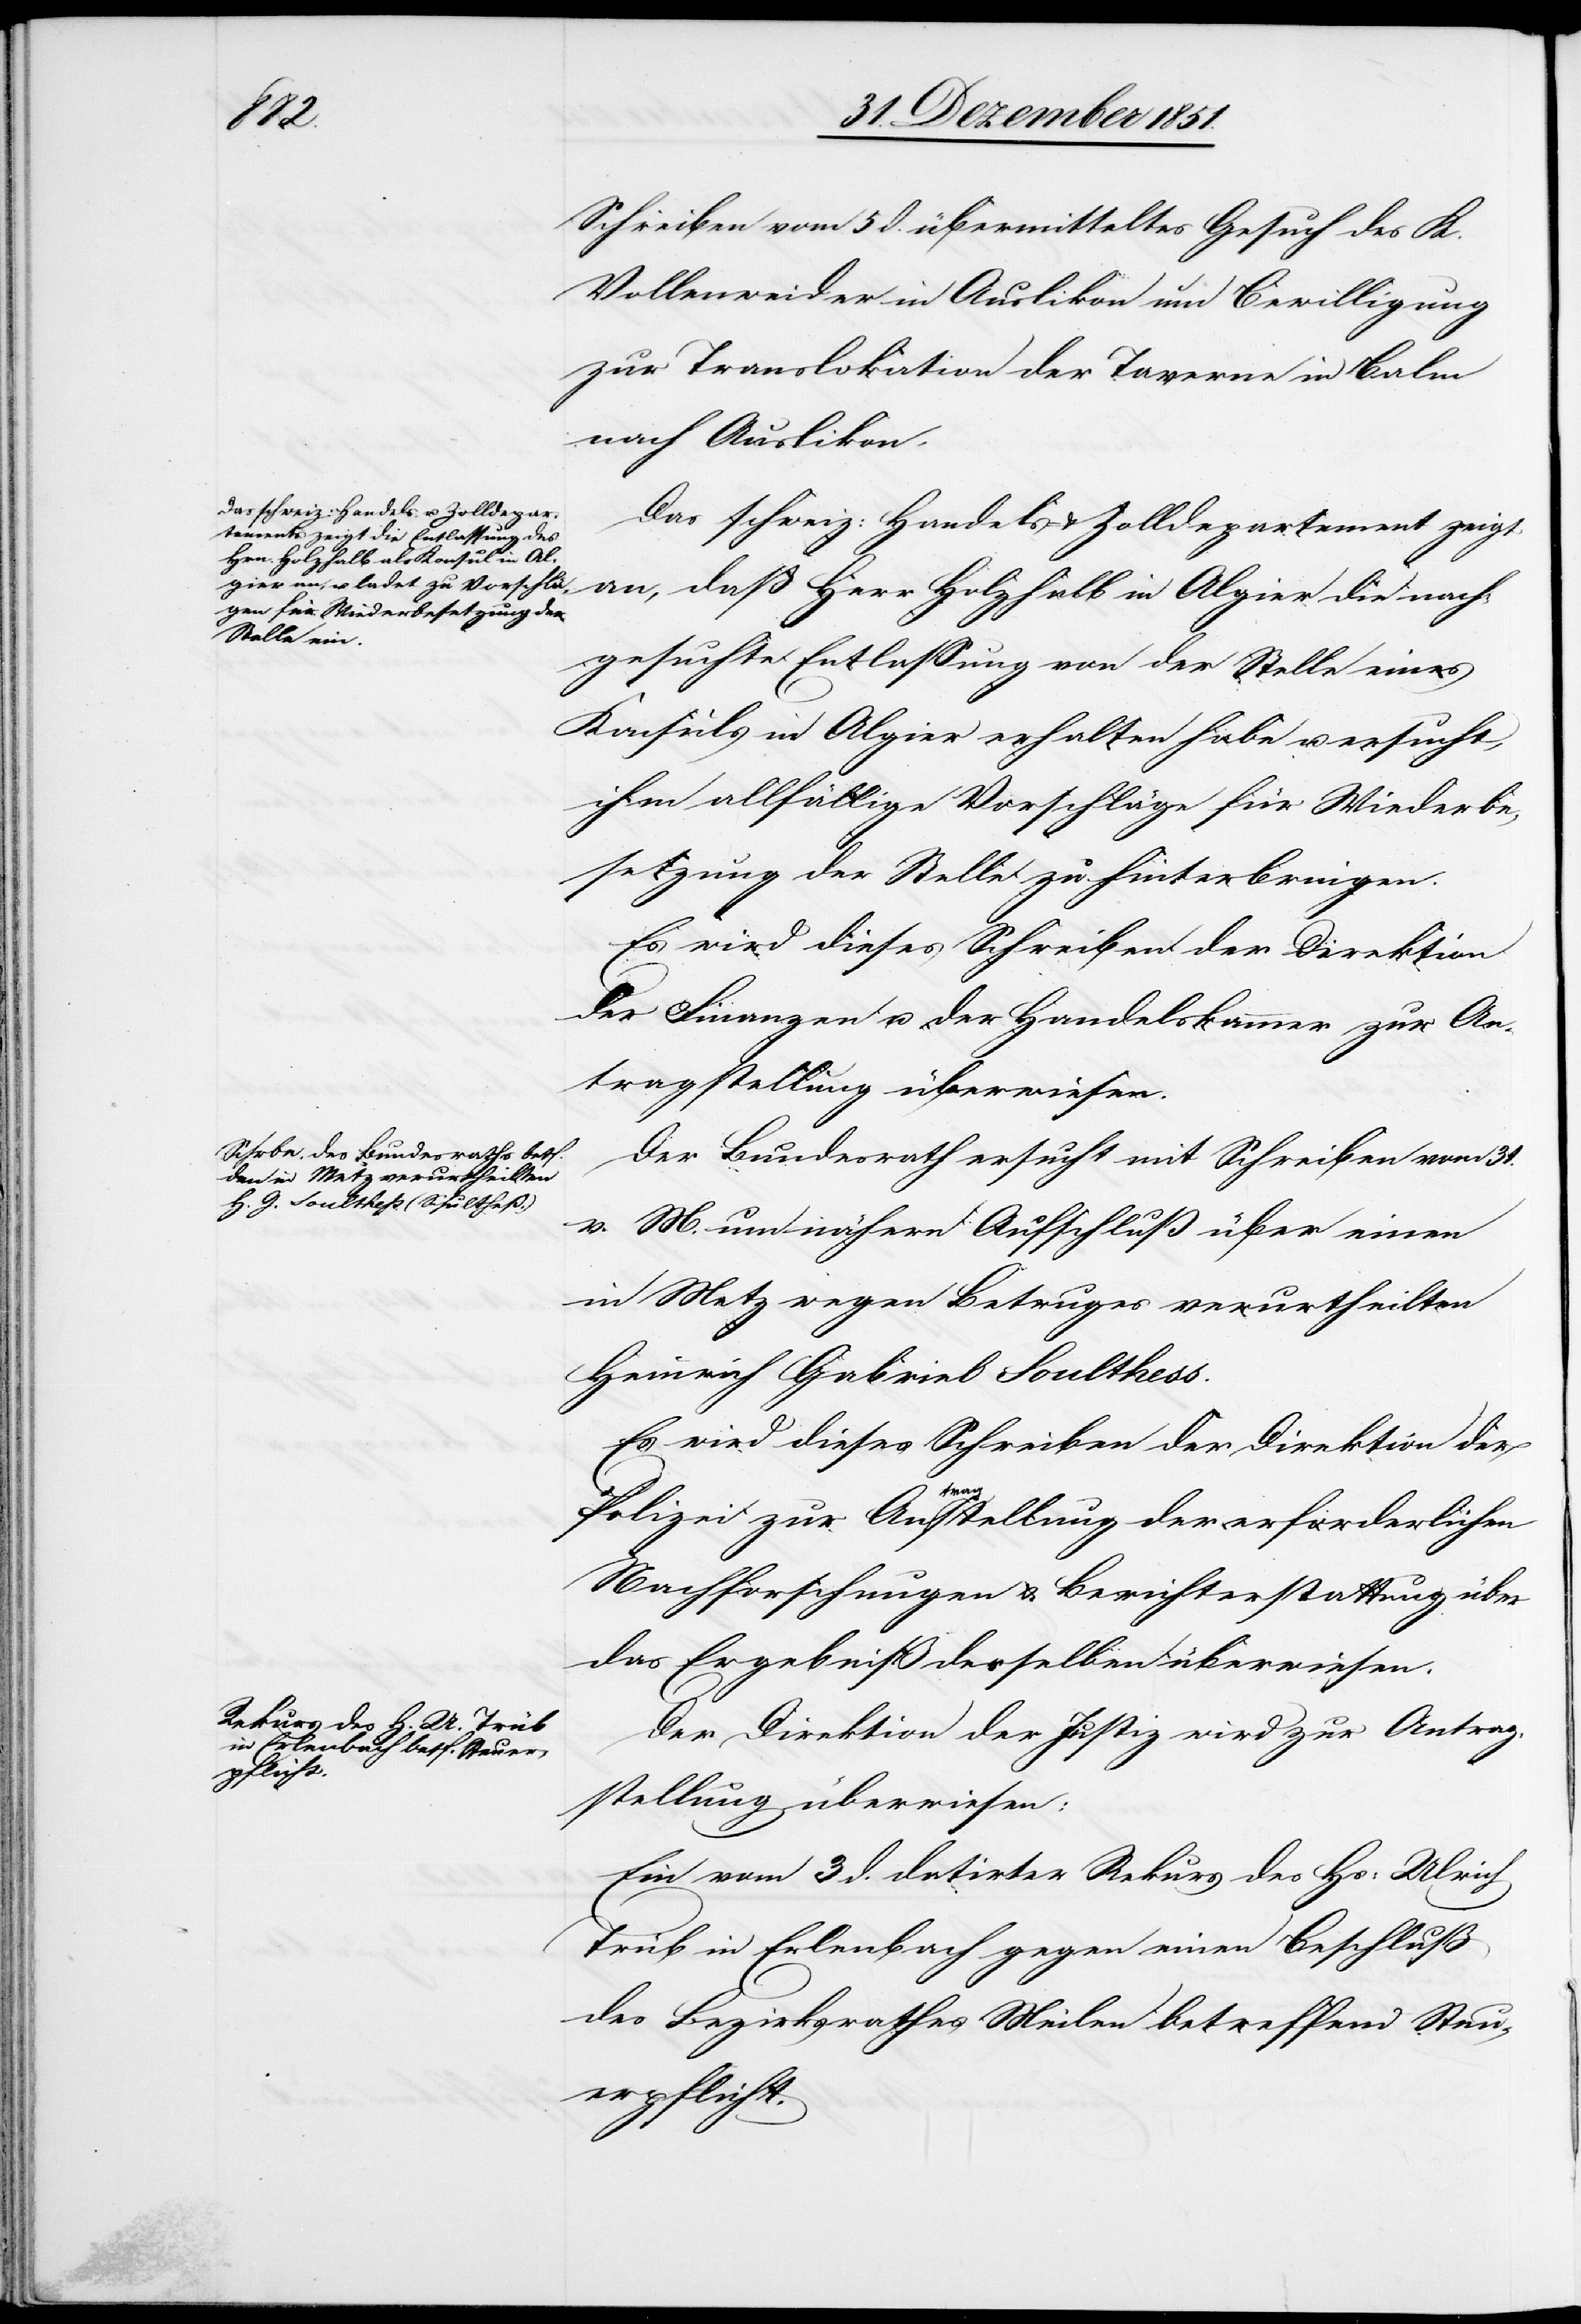
1852.]

Schreiben vom 5 d. übermitteltes Gesuch des K.
Vollenweider in Auslikon um Bewilligung
zur Translokation der Taverne in Balm
nach Auslikon.
Das schweiz: Handels- & Zolldepartement zeigt
an, daß Herr Holzhalb in Algier die nach¬
gesuchte Entlassung von der Stelle eines
Konsuls in Algier erhalten habe u. ersucht,
ihm allfällige Vorschläge für Wiederbe¬
setzung der Stelle zu hinterbringen.
Es wird dieses Schreiben der Direktion
der Finanzen u. der Handelskammer zur An¬
tragstellung überwiesen.
Der Bundesrath ersucht mit Schreiben vom 31.
v. M. um nähern Aufschluß über einen
in Metz wegen Betruges verurtheilten
Heinrich Gabriel Soulthess.
Es wird dieses Schreiben der Direktion der
Polizei zur Antragstellung der erforderlichen
Nachforschungen & Berichterstattung über
das Ergebniß desselben überwiesen.
Der Direktion der Justiz wird zur Antrag¬
stellung überwiesen:
Ein vom 3 d. datirter Rekurs des Hs: Ulrich
Trüb in Erlenbach gegen einen Beschluß
des Bezirksrathes Meilen betreffend Steu¬
erpflicht.